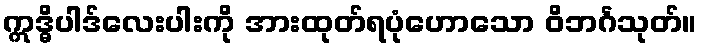
ဣဒ္ဓိပါဒ်လေးပါးကို အားထုတ်ရပုံဟောသော ဝိဘင်္ဂသုတ်။